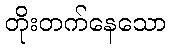
တိုးတက်နေသော